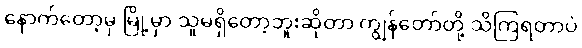
နောက်တော့မှ မြို့မှာ သူမရှိတော့ဘူးဆိုတာ ကျွန်တော်တို့ သိကြရတာပဲ